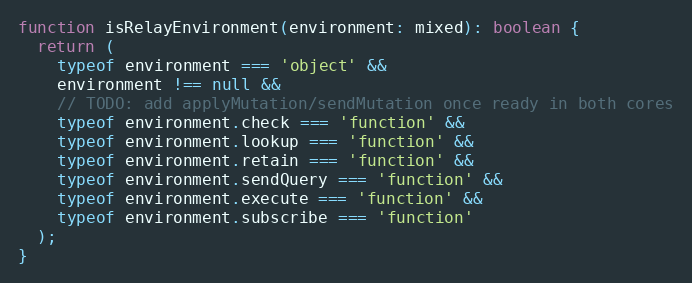
Language: JavaScript
function isRelayEnvironment(environment: mixed): boolean {
  return (
    typeof environment === 'object' &&
    environment !== null &&
    // TODO: add applyMutation/sendMutation once ready in both cores
    typeof environment.check === 'function' &&
    typeof environment.lookup === 'function' &&
    typeof environment.retain === 'function' &&
    typeof environment.sendQuery === 'function' &&
    typeof environment.execute === 'function' &&
    typeof environment.subscribe === 'function'
  );
}